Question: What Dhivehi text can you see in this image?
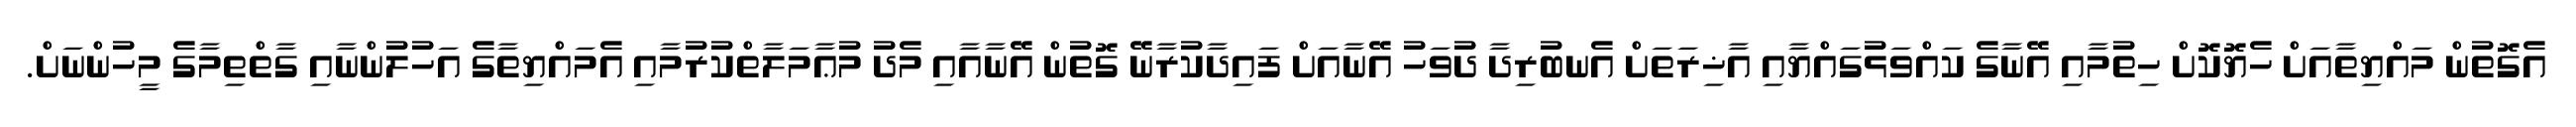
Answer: އެގޮތުން މައްޔިތާއަށް ހެޔޮކޮށް ހިތުމާއި އޭނާގެ ކައްވަޅުގައްޔާއި އާޚިރަތަށް އެނބުރިދާ ދުވަހު އޭނާއަށް ފައިދާކުރާނޭ ގޮތުން އޭނާއާއި މެދު މުޢާމަލާތްކުރުމާއި އެމައްޔިތާގެ އަހުލުންނާއި ގާތްތިމާގެ މީހުންނަށް.